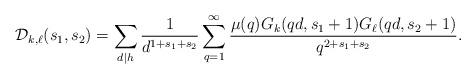
LaTeX: \begin{align*} \mathcal{D} _{k,\ell}(s_1,s_2) = \sum_{d \mid h} \frac{1}{d^{1+s_1+s_2}} \sum_{q=1}^{\infty} \frac{\mu(q) G_{k}(qd,s_1+1) G_{\ell}(qd,s_2+1)}{q^{2+s_1+s_2}}.\end{align*}